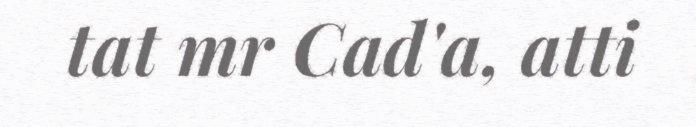
tat mr Cad'a, atti